Report of the Bombay Veterinary College
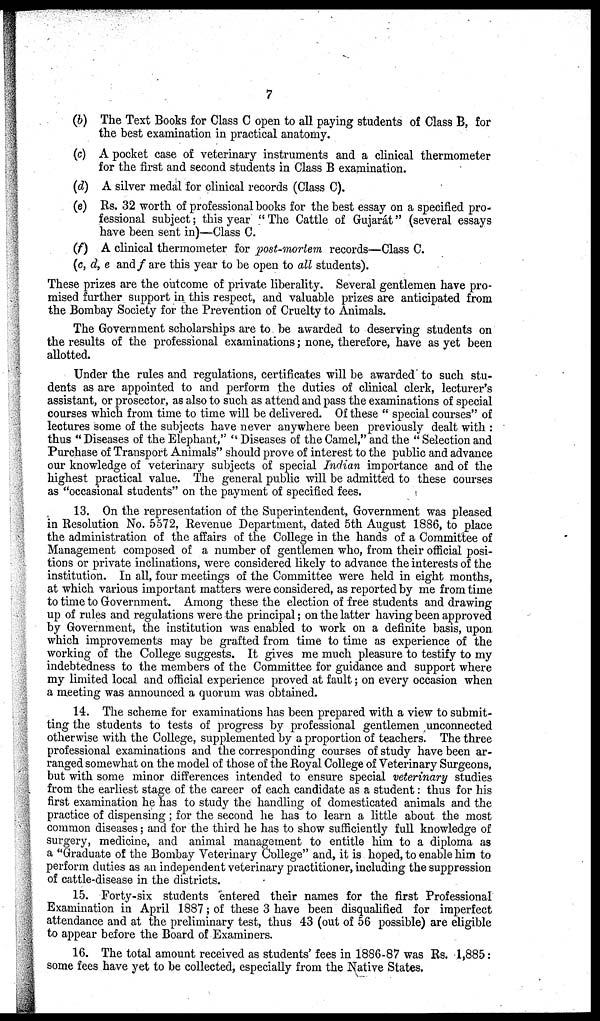
7
(b) The Text Books for Class C open to all paying students of Class B, for
the best examination in practical anatomy.
(c) A pocket case of veterinary instruments and a clinical thermometer
for the first and second students in Class B examination.
(d) A silver medal for clinical records (Class C).
(e) Rs. 32 worth of professional books for the best essay on a specified pro-
fessional subject; this year " The Cattle of Gujarát" (several essays
have been sent in)—Class C.
(f) A clinical thermometer for post-mortem records—Class C.
(c, d, e and f are this year to be open to all students).
These prizes are the outcome of private liberality. Several gentlemen have pro-
mised further support in this respect, and valuable prizes are anticipated from
the Bombay Society for the Prevention of Cruelty to Animals.
The Government scholarships are to be awarded to deserving students on
the results of the professional examinations; none, therefore, have as yet been
allotted.
Under the rules and regulations, certificates will be awarded to such stu-
dents as are appointed to and perform the duties of clinical clerk, lecturer's
assistant, or prosector, as also to such as attend and pass the examinations of special
courses which from time to time will be delivered. Of these " special courses" of
lectures some of the subjects have never anywhere been previously dealt with :
thus " Diseases of the Elephant," " Diseases of the Camel," and the " Selection and
Purchase of Transport Animals" should prove of interest to the public and advance
our knowledge of veterinary subjects of special Indian importance and of the
highest practical value. The general public will be admitted to these courses
as "occasional students" on the payment of specified fees.
13. On the representation of the Superintendent, Government was pleased
in Resolution No. 5572, Revenue Department, dated 5th August 1886, to place
the administration of the affairs of the College in the hands of a Committee of
Management composed of a number of gentlemen who, from their official posi-
tions or private inclinations, were considered likely to advance the interests of the
institution. In all, four meetings of the Committee were held in eight months,
at which various important matters were considered, as reported by me from time
to time to Government. Among these the election of free students and drawing
up of rules and regulations were the principal; on the latter having been approved
by Government, the institution was enabled to work on a definite basis, upon
which improvements may be grafted from time to time as experience of the
working of the College suggests. It gives me much pleasure to testify to my
indebtedness to the members of the Committee for guidance and support where
my limited local and official experience proved at fault; on every occasion when
a meeting was announced a quorum was obtained.
14. The scheme for examinations has been prepared with a view to submit-
ting the students to tests of progress by professional gentlemen unconnected
otherwise with the College, supplemented by a proportion of teachers. The three
professional examinations and the corresponding courses of study have been ar-
ranged somewhat on the model of those of the Royal College of Veterinary Surgeons,
but with some minor differences intended to ensure special veterinary studies
from the earliest stage of the career of each candidate as a student: thus for his
first examination he has to study the handling of domesticated animals and the
practice of dispensing; for the second he has to learn a little about the most
common diseases; and for the third he has to show sufficiently full knowledge of
surgery, medicine, and animal management to entitle him to a diploma as
a "Graduate of the Bombay Veterinary College" and, it is hoped, to enable him to
perform duties as an independent veterinary practitioner, including the suppression
of cattle-disease in the districts.
15. Forty-six students entered their names for the first Professional
Examination in April 1887; of these 3 have been disqualified for imperfect
attendance and at the preliminary test, thus 43 (out of 56 possible) are eligible
to appear before the Board of Examiners.
16. The total amount received as students' fees in 1886-87 was Rs. 1,885:
some fees have yet to be collected, especially from the Native States.